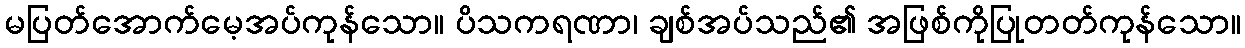
မပြတ်အောက်မေ့အပ်ကုန်သော။ ပိသကရဏာ၊ ချစ်အပ်သည်၏ အဖြစ်ကိုပြုတတ်ကုန်သော။